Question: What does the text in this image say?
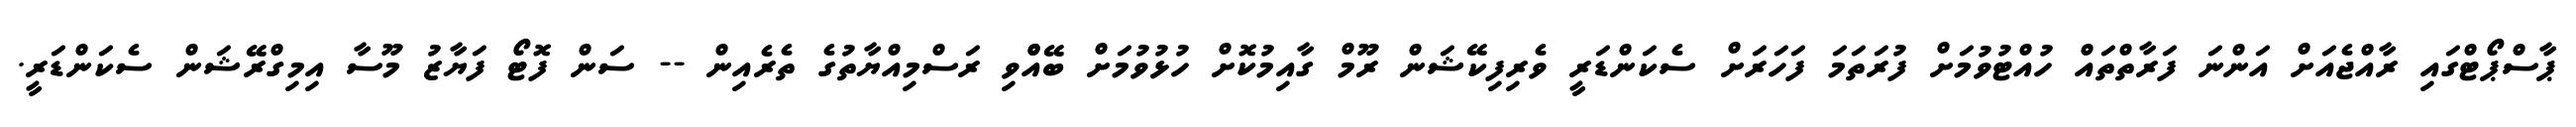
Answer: ޕާސްޕޯޓްގައި ރާއްޖެއަށް އަންނަ ފަރާތްތައް ހުއްޓުވުމަށް ފުރަތަމަ ފަހަރަށް ސެކަންޑަރީ ވެރިފިކޭޝަން ރޫމް ގާއިމުކޮށް ހުޅުވުމަށް ބޭއްްވި ރަސްމިއްޔާތުގެ ތެރެއިން -- ސަން ފޮޓޯ ފަޔާޒު މޫސާ އިމިގްރޭޝަން ސެކަންޑަރީ.